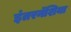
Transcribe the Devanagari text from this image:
इंतरनॅशिया